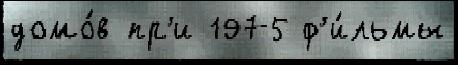
домо́в пр'и 1975 ф'и́льмы